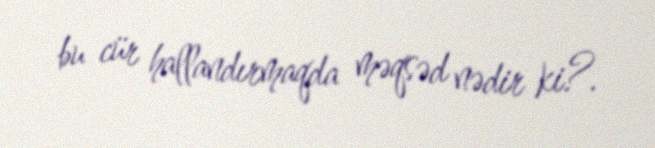
bu cür hallandırmaqda məqsəd nədir ki?.